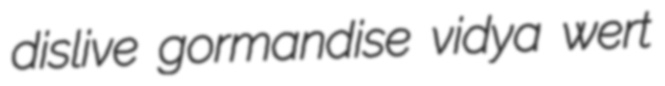
dislive gormandise vidya wert